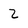
Character: 2